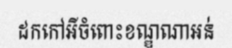
ដកកៅអីចំពោះខណ្ឌណាអន់